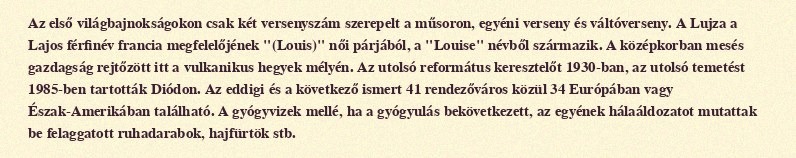
Az első világbajnokságokon csak két versenyszám szerepelt a műsoron, egyéni verseny és váltóverseny. A Lujza a Lajos férfinév francia megfelelőjének "(Louis)" női párjából, a "Louise" névből származik. A középkorban mesés gazdagság rejtőzött itt a vulkanikus hegyek mélyén. Az utolsó református keresztelőt 1930-ban, az utolsó temetést 1985-ben tartották Diódon. Az eddigi és a következő ismert 41 rendezőváros közül 34 Európában vagy Észak-Amerikában található. A gyógyvizek mellé, ha a gyógyulás bekövetkezett, az egyének hálaáldozatot mutattak be felaggatott ruhadarabok, hajfürtök stb.